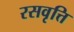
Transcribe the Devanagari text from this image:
रसवृत्ति